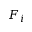
F _ { i }